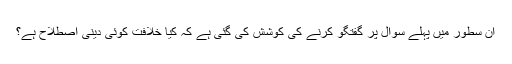
ان سطور میں پہلے سوال پر گفتگو کرنے کی کوشش کی گئی ہے کہ کیا خلافت کوئی دینی اصطلاح ہے؟